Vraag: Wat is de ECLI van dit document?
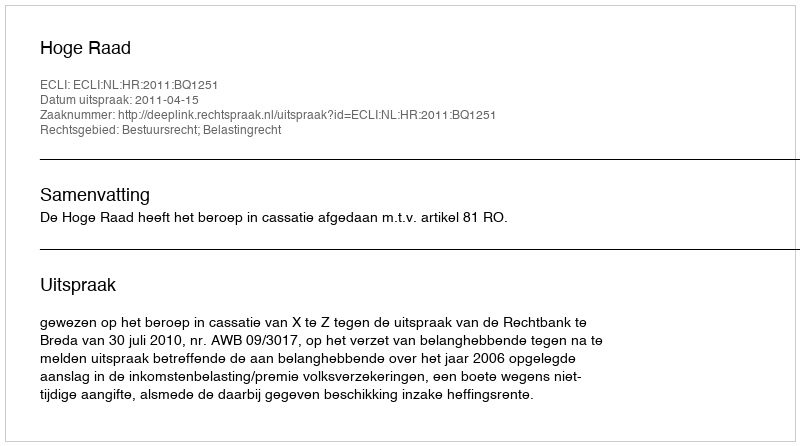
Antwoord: ECLI:NL:HR:2011:BQ1251